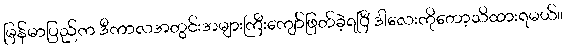
မြန်မာပြည်က ဒီကာလအတွင်းအများကြီးကျော်ဖြတ်ခဲ့ရပြီ ဒါလေးကိုတော့သိထားရမယ်။